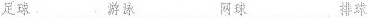
足球 游泳 网球 排球